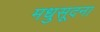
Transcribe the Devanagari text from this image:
मधुसूदना